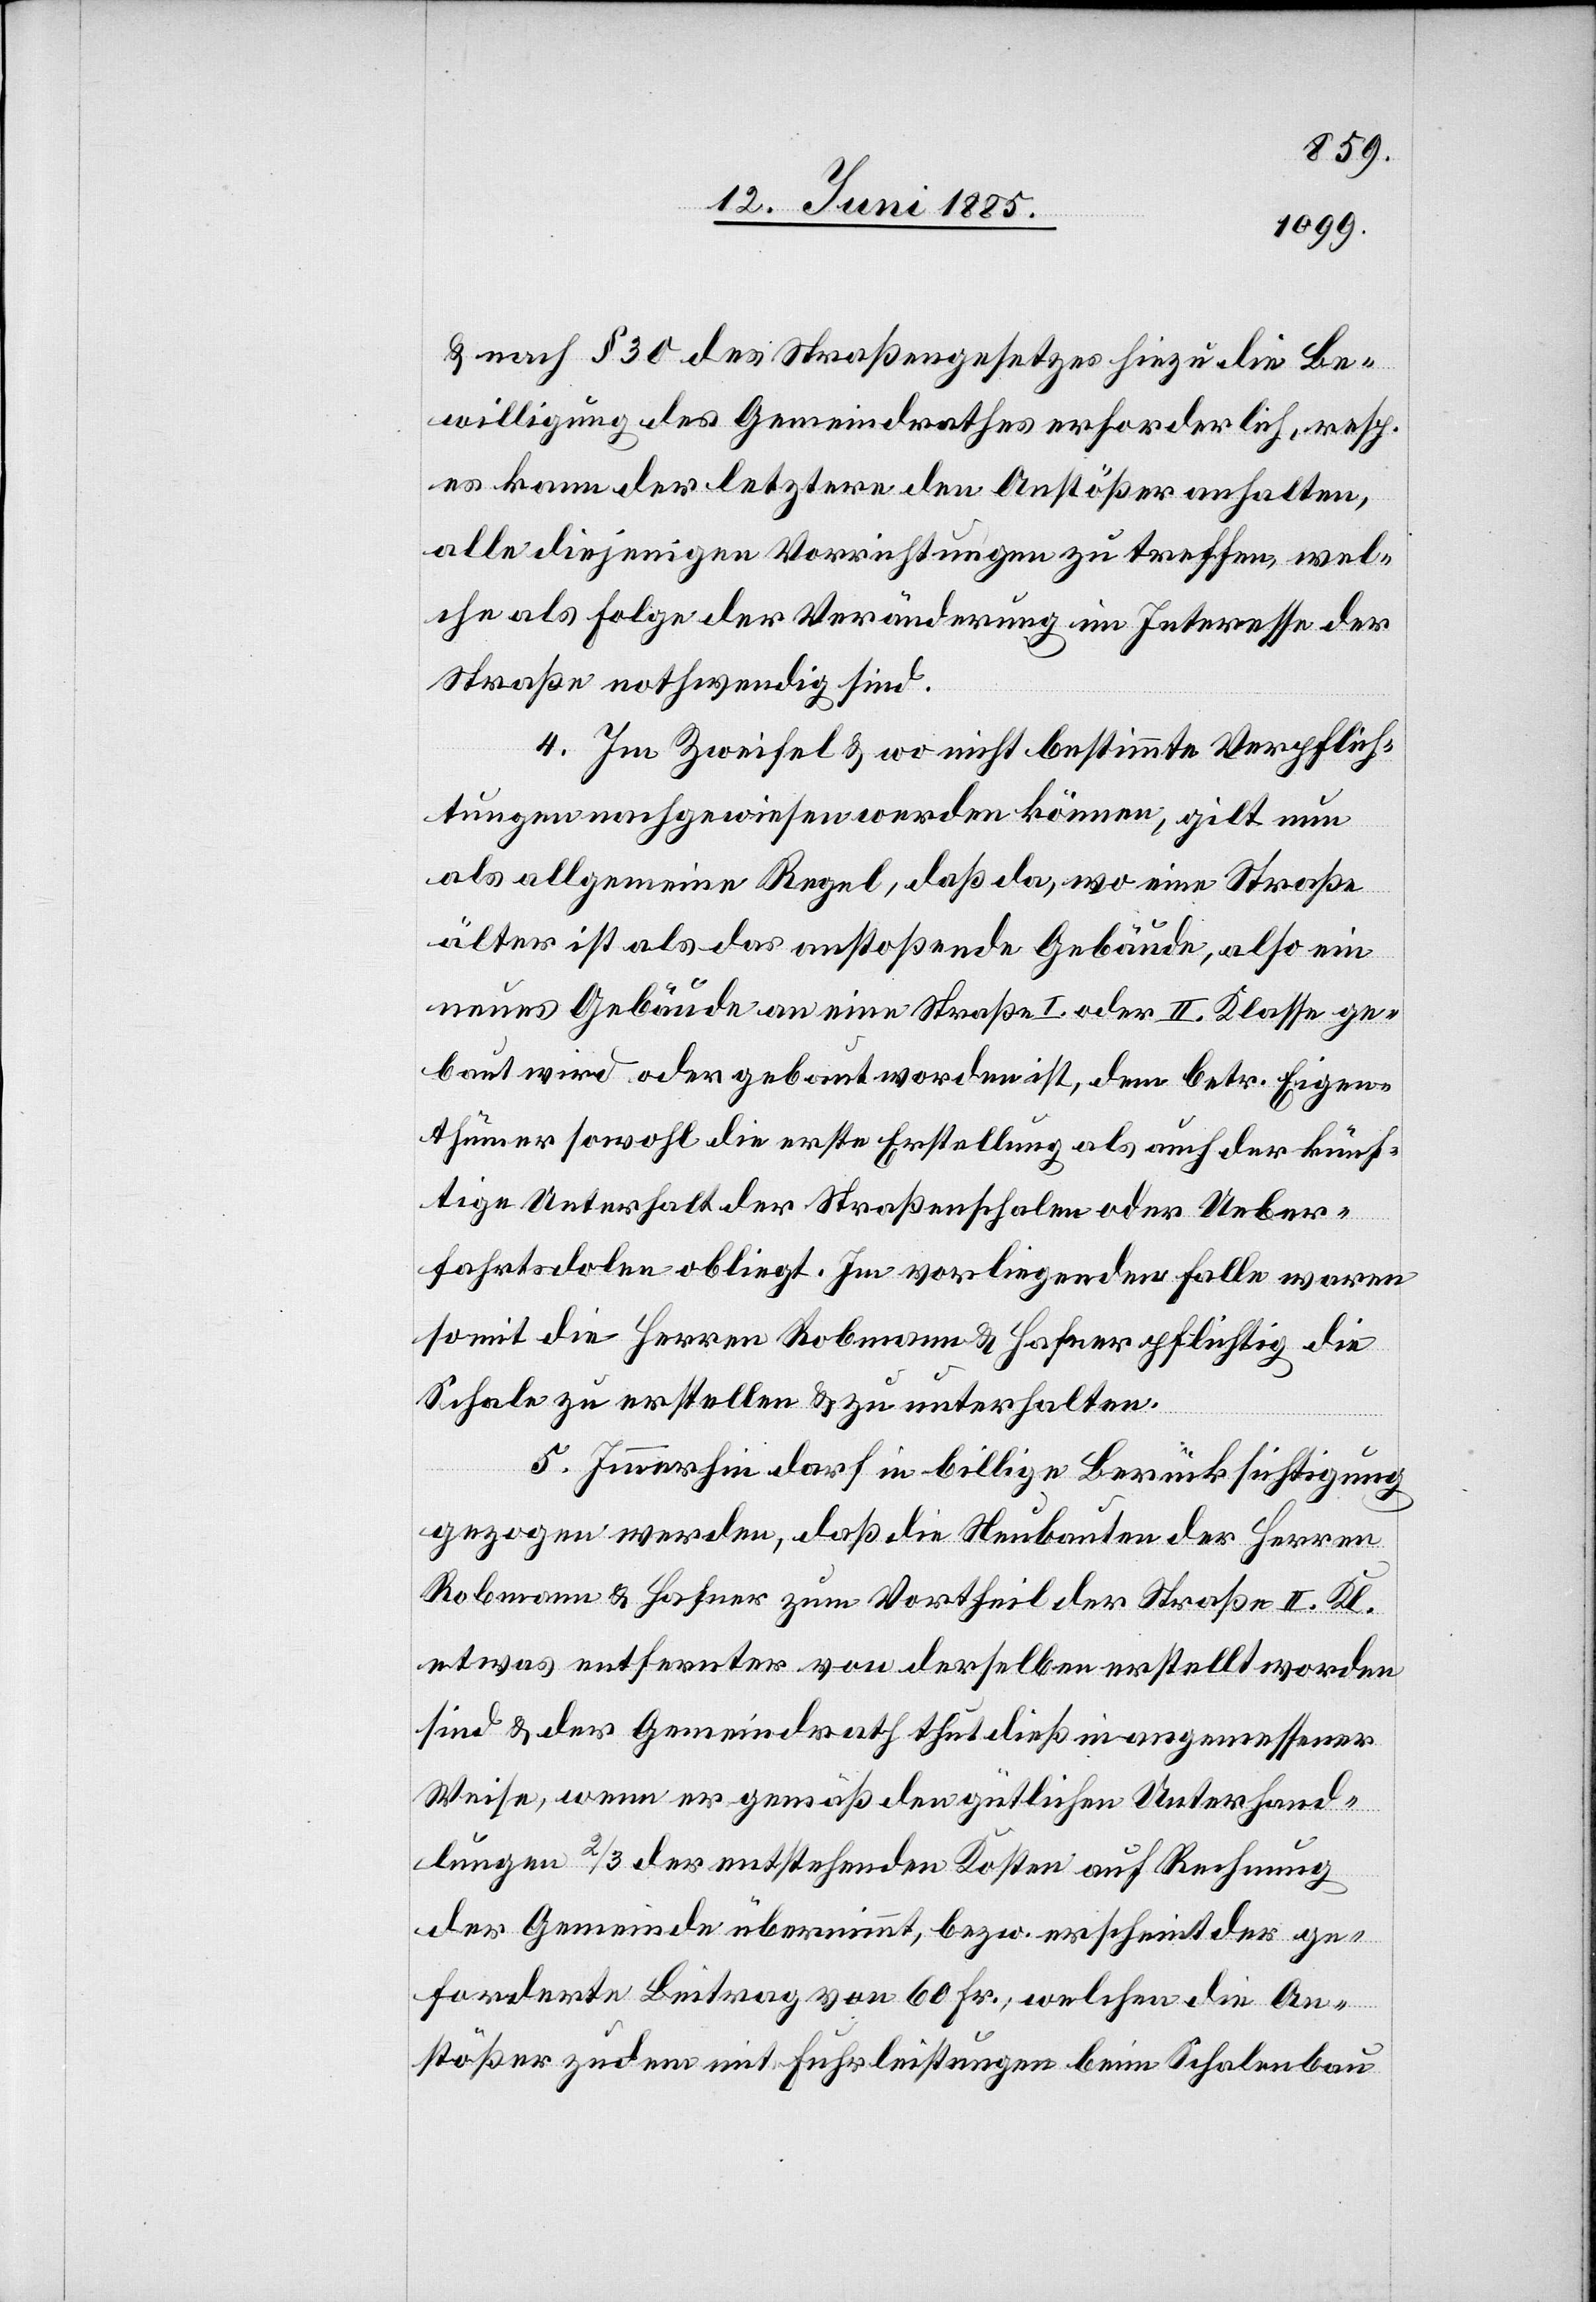
& nach § 30 des Straßengesetzes hiezu die Be¬
willigung des Gemeindrathes erforderlich, resp.
es kann der letztere den Anstößer anhalten,
alle diejenigen Vorrichtungen zu treffen, wel¬
che als Folge der Veränderung im Interesse der
Straße nothwendig sind.
4. Im Zweifel & wo nicht bestimmte Verpflich¬
tungen nachgewiesen werden können, gilt nun
als allgemeine Regel, daß da, wo eine Straße
älter ist als das anstoßende Gebäude, also ein
neues Gebäude an eine Straße I. oder II. Klasse ge¬
baut wird oder gebaut worden ist, dem betr. Eigen¬
thümer sowohl die erste Erstellung als auch der künf¬
tige Unterhalt der Straßenschalen oder Ueber¬
fahrtsdolen obliegt. Im vorliegenden Falle waren
somit die Herren Robmann & Hafner pflichtig die
Schale zu erstellen & zu unterhalten.
5. Immerhin darf in billige Berücksichtigung
gezogen werden, daß die Neubauten der Herren
Robmann & Hafner zum Vortheil der Straße II. Kl.
etwas entfernter von derselben erstellt worden
sind & der Gemeindrath thut dieß in angemessener
Weise, wenn er gemäß den güthlichen Unterhand¬
lungen 2/3 der entstehenden Kosten auf Rechnung
der Gemeinde übernimmt, bezw. erscheint der ge¬
forderte Betrag von 60 Fr., welchen die An¬
stößer zudem mit Fuhrleistungen beim Schalenbau